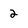
Character: 2